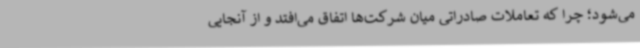
می‌شود؛ چرا که تعاملات صادراتی میان شرکت‌ها اتفاق می‌افتد و از آنجایی